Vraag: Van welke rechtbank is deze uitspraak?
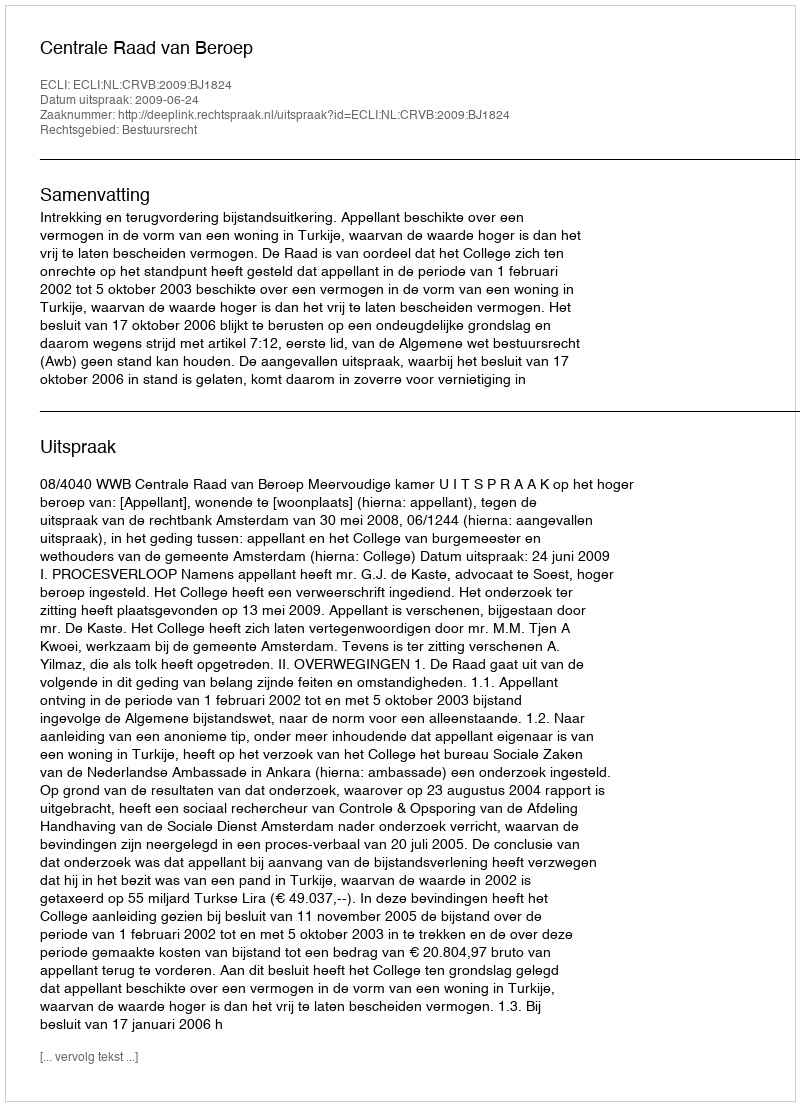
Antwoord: Centrale Raad van Beroep